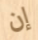
إن